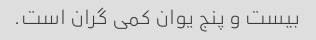
بیست و پنج یوان کمی گران است.